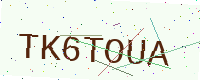
Text: TK6TOUA